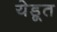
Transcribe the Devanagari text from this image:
येडूत